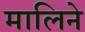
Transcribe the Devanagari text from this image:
मालिने